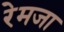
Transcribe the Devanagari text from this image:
रेमजा